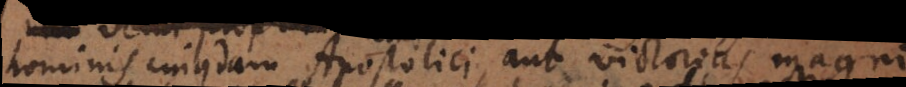
hominis cujusdam Apostolici, aut victorias magni